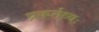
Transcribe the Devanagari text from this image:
प्रकर्तव्यः